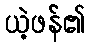
ယဲ့ဖန်၏